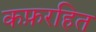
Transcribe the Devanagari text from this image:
कफ़रहित